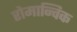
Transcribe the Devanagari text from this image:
रोमान्चिक